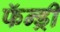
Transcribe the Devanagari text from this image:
फॅन्ड्री